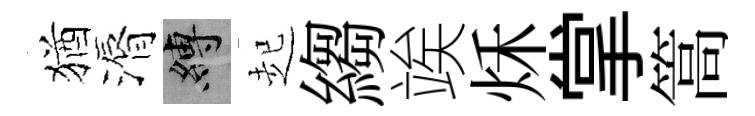
猶漘縛起縐竢秌掌篙